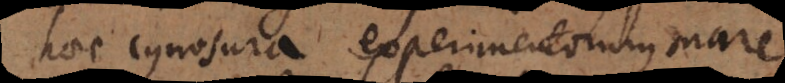
haec cynosura experimentorum mare